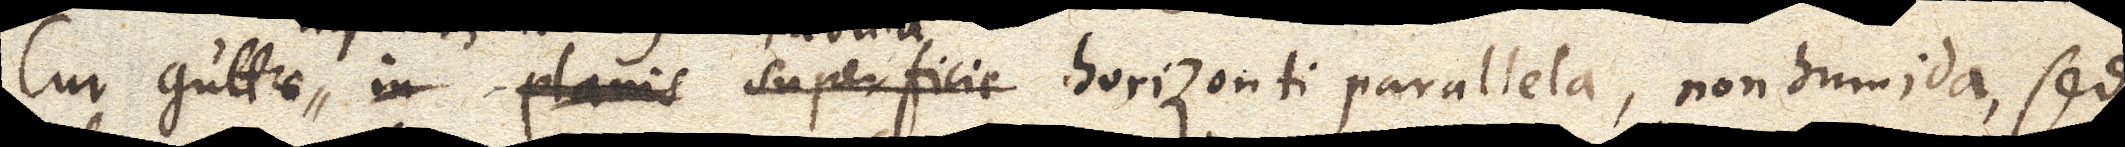
Cur guttae in planis superficie horizonti parallela, non humida, sed